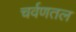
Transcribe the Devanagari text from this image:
चर्वणतल